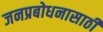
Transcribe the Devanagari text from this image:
जनप्रबोधनासाठी